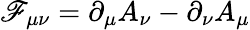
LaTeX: \mathscr{F}_{\mu\nu}=\partial_{\mu}A_{\nu}-\partial_{\nu}A_{\mu}